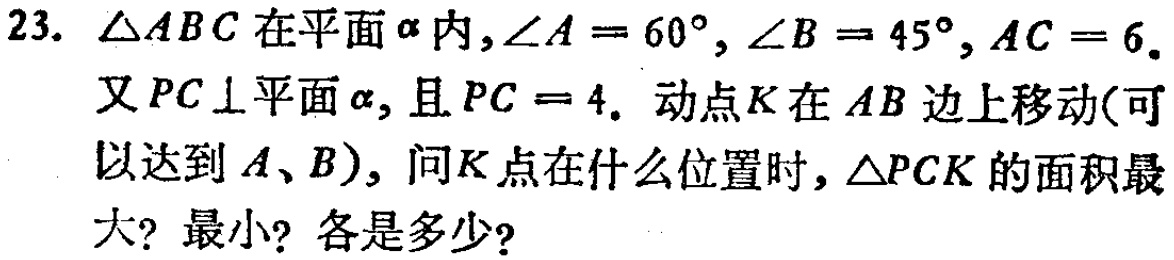
23. $\triangle ABC$在平面$\alpha$内,$\angle A = 60^{\circ}, \angle B = 45^{\circ}, AC = 6$.
又$PC\perp$平面$\alpha$, 且$PC = 4$. 动点$K$在$AB$边上移动(可
以达到$A、B$), 问$K$点在什么位置时, $\triangle PCK$的面积最
大? 最小? 各是多少?